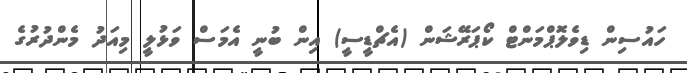
ހައުސިން ޑިވެލޮޕްމަންޓް ކޯޕަރޭޝަން (އެޗްޑީސީ) އިން ބުނީ އެމަސް ވަޅުލީ މިއަދު މެންދުރުގެ